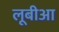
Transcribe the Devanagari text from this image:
लूबीआ